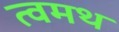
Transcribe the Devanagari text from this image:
त्वमथ